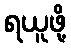
ရယူဖို့